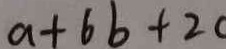
a + 6 b + 2